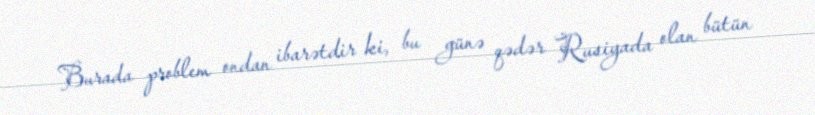
Burada problem ondan ibarətdir ki, bu günə qədər Rusiyada olan bütün